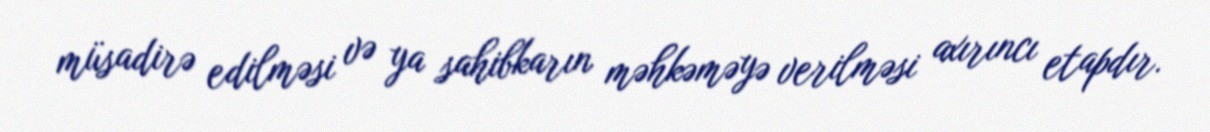
müsadirə edilməsi və ya sahibkarın məhkəməyə verilməsi axırıncı etapdır.